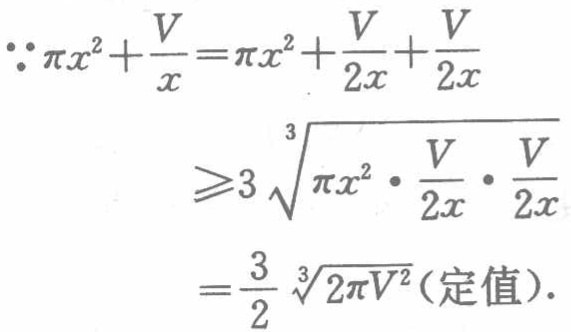
\[\begin{align*}
\because\pi x^{2}+\frac{V}{x}&=\pi x^{2}+\frac{V}{2x}+\frac{V}{2x}\\
&\geqslant3\sqrt[3]{\pi x^{2}\cdot\frac{V}{2x}\cdot\frac{V}{2x}}\\
&=\frac{3}{2}\sqrt[3]{2\pi V^{2}}(\text{定值}).
\end{align*}\]